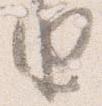
由